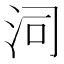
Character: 泀